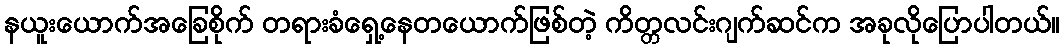
နယူးယောက်အခြေစိုက် တရားခံရှေ့နေတယောက်ဖြစ်တဲ့ ကိတ္တလင်းဂျက်ဆင်က အခုလိုပြောပါတယ်။